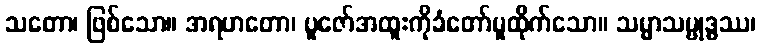
သတော၊ ဖြစ်သော။ အရဟတော၊ ပူဇော်အထူးကိုခံတော်မူထိုက်သော။ သမ္မာသမ္ဗုဒ္ဓဿ၊